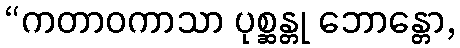
“ကတာဝကာသာ ပုစ္ဆန္တု ဘောန္တော,